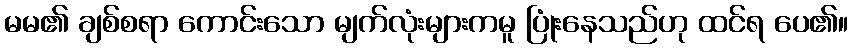
မမ၏ ချစ်စရာ ကောင်းသော မျက်လုံးများကမူ ပြုံးနေသည်ဟု ထင်ရ ပေ၏။